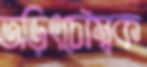
তড়িৎচৌম্বক